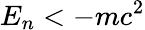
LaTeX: E_{n}<-mc^{2}